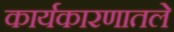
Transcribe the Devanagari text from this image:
कार्यकारणातले